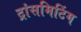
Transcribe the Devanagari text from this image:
ट्रांसमिटिंग